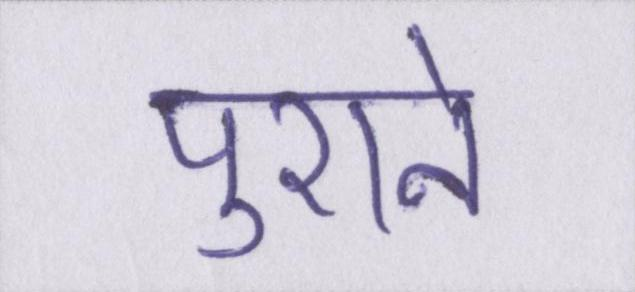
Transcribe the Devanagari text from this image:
पुराने